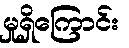
မှုရှိကြောင်း